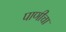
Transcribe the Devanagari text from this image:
पाणीचा